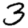
Digit: 3